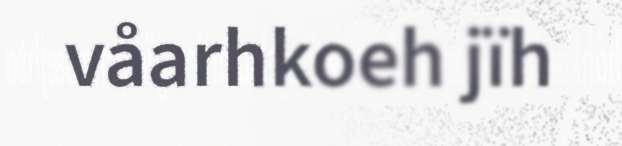
våarhkoeh jïh